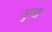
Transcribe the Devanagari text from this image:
तुल्सा